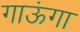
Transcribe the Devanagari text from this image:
गाऊंगा